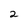
Character: 2